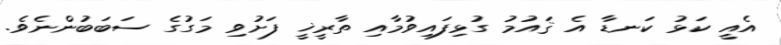
އެއީ ކަޅު ކަނޑާ އެ ޤައުމު ގުޅިފައިވުމާއި ތާރީޚީ ފަށުވި މަގުގެ ސަބަބުންނެވެ.